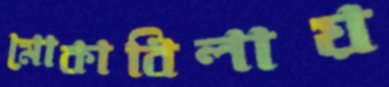
মোকাবিলায়